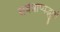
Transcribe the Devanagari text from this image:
सर्वत्राप्यद्भुतो